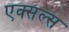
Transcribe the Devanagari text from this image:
एक्सल्स